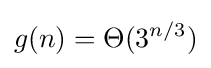
g(n)=\Theta (3^{n/3})